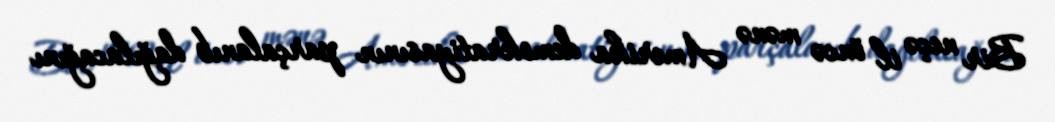
Bir neçə il öncə mənə Amerika demokratiyasının parçalanıb dağılacağını